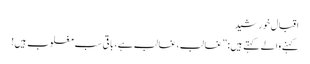
اقبال خورشید
کہنے والے کہتے ہیں: ”غالب، غالب ہے، باقی سب مغلوب ہیں!